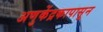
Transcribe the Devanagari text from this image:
अणुकेंद्रकापासून